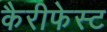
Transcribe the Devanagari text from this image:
कैरीफेस्ट